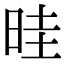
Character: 晆